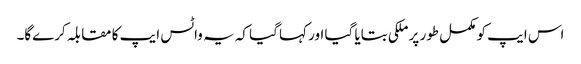
اس ایپ کو مکمل طور پر ملکی بتایا گیا اور کہا گیا کہ یہ واٹس ایپ کا مقابلہ کرےگا۔